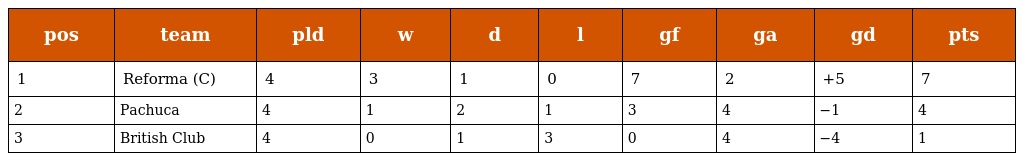
| pos | team | pld | w | d | l | gf | ga | gd | pts |
 | --- | --- | --- | --- | --- | --- | --- | --- | --- | --- |
 | 1 | Reforma (C) | 4 | 3 | 1 | 0 | 7 | 2 | +5 | 7 |
 | 2 | Pachuca | 4 | 1 | 2 | 1 | 3 | 4 | −1 | 4 |
 | 3 | British Club | 4 | 0 | 1 | 3 | 0 | 4 | −4 | 1 |